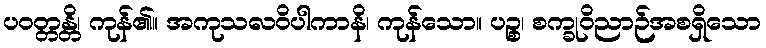
ပဝတ္တန္တိ၊ ကုန်၏။ အကုသလဝိပါကာနိ၊ ကုန်သော။ ပဉ္စ၊ စက္ခုဝိညာဉ်အစရှိသော